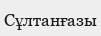
Сұлтанғазы